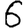
Digit: 6